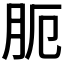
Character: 𦙜